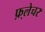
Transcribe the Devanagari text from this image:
फ़्लेचर